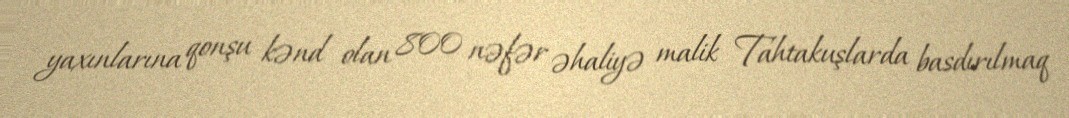
yaxınlarına qonşu kənd olan 800 nəfər əhaliyə malik Tahtakuşlarda basdırılmaq